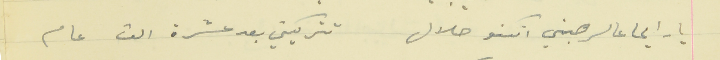
يارايحا عالرهبني انكنو حلال                                   تتركيني بعد عشرة الف عام